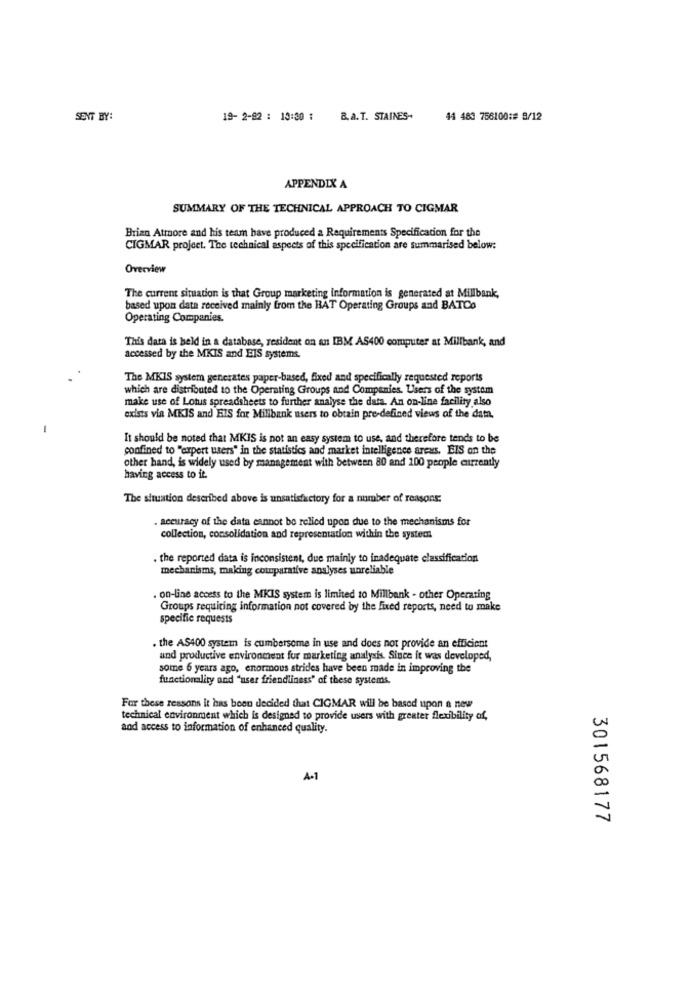
SENT BY:
19- 2-82 : 13:30 : B. a. T. STAINES-
44 483 756100:# 8/12
APPENDIX A
SUMMARY OF THE TECHNICAL APPROACH TO CIGMAR
Brian Atmuore and his team have produced a Requirements Specification for the
CIGMAR project. The technical aspects of this specification are summarised below:
Overview
The current situation is that Group marketing information is generated at Millbank,
based upon data received mainly from the BAT Operating Groups and BATCo
Operating Companies.
This data is held in a database, resident on an IBM AS400 computer at Millbank, and
accessed by the MKIS and EIS systems.
The MKIS system generates paper-based, fixed and specifically requested reports
which are distributed to the Operating Groups and Companies. Users of the system
make use of Lotus spreadsheets to further analyse the data. An on-line facility also
exists via MKIS and Els for Millibank users to obtain pre-defined views of the data.
-
It should be noted that MKIS is not an easy system to use, and therefore tends to be
confined to "expert users" in the statistics and market intelligence areas, ElS on the
other hand, is widely used by management with between 80 and 100 people currently
having access to it.
The situation described above is unsatisfactory for a number of reasons.
accuracy of the data cannot be relied upon due to the mechanisms for
collection, consolidation and representation within the system
. the reported data is inconsistent, due mainly to inadequate classification
mechanisms, making comparative analyses unreliable
. on-line access to the MKIS system is limited 10 Millbank - other Operating
Groups requiring information not covered by the fixed reports, need to make
specific requests
. the AS400 system is cumbersome in use and does not provide an efficient
and productive environment for marketing analysis. Since it was developed,
some 6 years ago, enormous strides have been made in improving the
functionality and "user friendliness" of these systems.
For these reasons it has been decided that CIGMAR will be based upon a new
technical environment which is designed to provide users with greater flexibility af,
and access to information of enhanced quality.
A-1
301568177